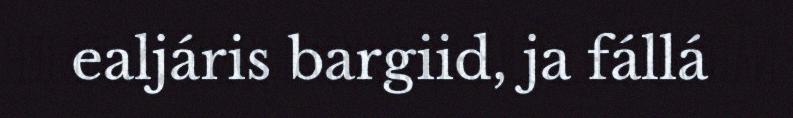
ealjáris bargiid, ja fállá